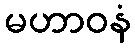
မဟာဝနံ